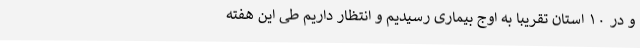
و در ۱۰ استان تقریبا به اوج بیماری رسیدیم و انتظار داریم طی این هفته